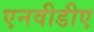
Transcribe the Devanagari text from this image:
एनवीडीए